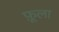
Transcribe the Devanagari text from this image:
फ़ूला